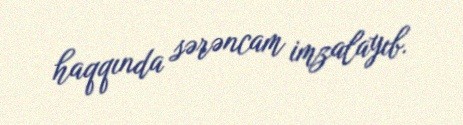
haqqında sərəncam imzalayıb.